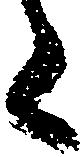
た